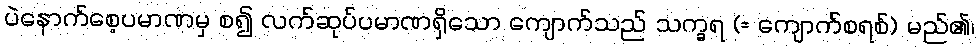
ပဲနောက်စေ့ပမာဏမှ စ၍ လက်ဆုပ်ပမာဏရှိသော ကျောက်သည် သက္ခရ (= ကျောက်စရစ်) မည်၏၊